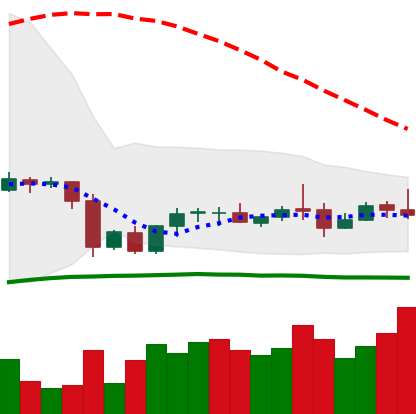
Ticker: LTC-USD
Chart end date: 2020-10-06
Forward return: 10.313%
Label: up_7plus